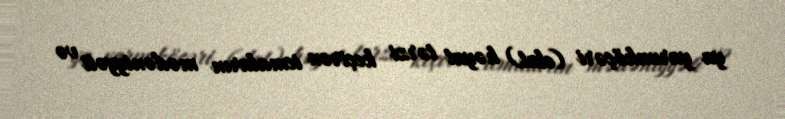
ya yarımköçəri (elat) həyat tərzi keçirən icmaların mədəniyyəti və